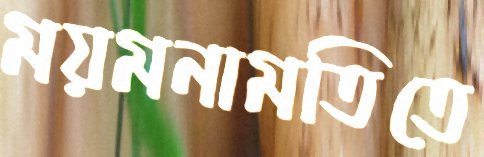
ময়মনামতিতে